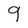
Character: 9